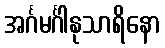
အင်္ဂမင်္ဂါနုသာရိနော